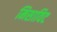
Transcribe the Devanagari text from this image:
मिसाविट